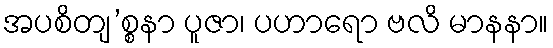
အပစိတျ’စ္စနာ ပူဇာ၊ ပဟာရော ဗလိ မာနနာ။